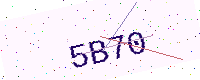
Text: 5B70